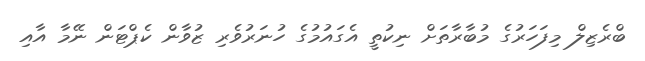
ބްރެޒިލް މިފަހަރުގެ މުބާރާތަށް ނިކުތީ އެގައުމުގެ ހުނަރުވެރި ޒުވާން ކެޕްޓަން ނޭމާ އާއި